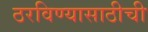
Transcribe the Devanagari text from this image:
ठरविण्यासाठीची